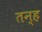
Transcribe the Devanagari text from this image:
तन्ह